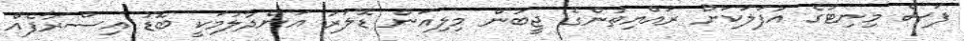
ފަސް މިނިޓުގެ އުފަލަކަށް ރައްޔިތުންގެ ޖީބުން މިލިއަން ޑޮލަރު އަންދާލުމަކީ ބޮޑު އިސްރާފެއް